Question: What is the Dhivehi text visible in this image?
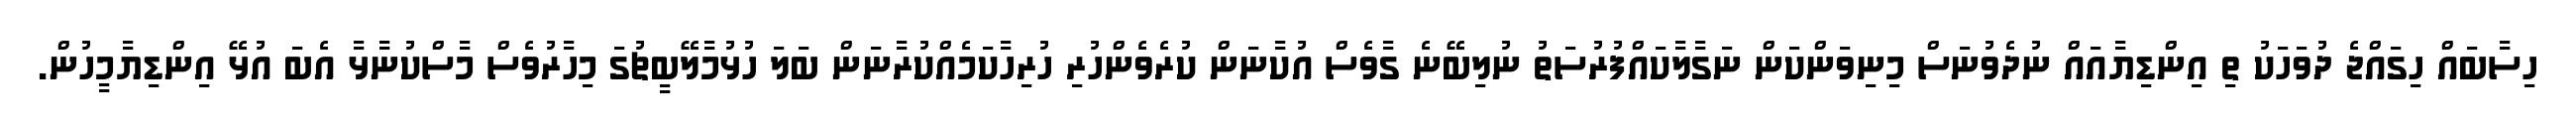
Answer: ހިސާބައް ހިގައްޖެ ދުވަހަކު ތި އިންޑިޔާއައް ނުދެވުނަސް މިނިވަންކަން ނަގާލާކައްފުރުސަތު ނުލިބޭނެ ގާވެސް އުކާނަން ކުރެވެންހުރި ހުރިހާކަމެއްކުރާނަން ބަލަ ހުޅުމާލޭބީޗުގަ މިހާރުވެސް މާސްކުނާޅާ އެބަ އުޅޭ އިންޑިޔާމީހުން.